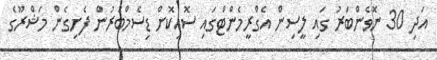
އަދި 30 ނޮވެންބަރު ގައި ލީސިން އެގްރީމެންޓްގައި ސޮއިކޮށް ޑިސެމްބަރުން ފެށިގެން މަޝްރޫގެ